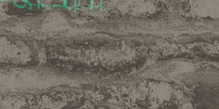
متجر بيوت الرياضة يقدم لك